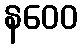
နဝေဝ